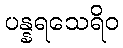
ပန္နရသေရိဝ